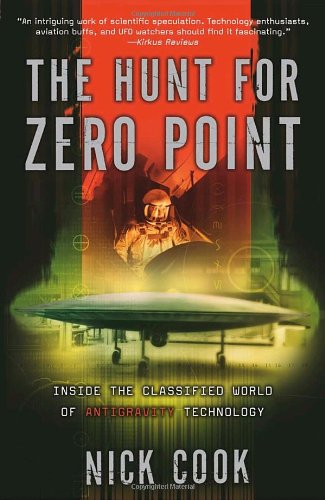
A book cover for The Hunt for Zero Point: Inside the Classified World of Antigravity Technology; Nick Cook; Engineering & Transportation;